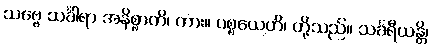
သဗ္ဗေ သင်္ခါရာ အနိစ္စာတိ၊ ကား။ ပစ္စယေဟိ၊ တို့သည်။ သင်္ခရီယန္တိ၊